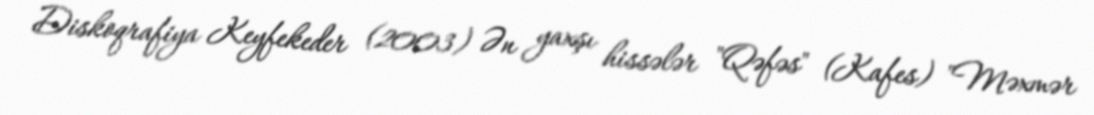
Diskoqrafiya Keyfekeder (2003) Ən yaxşı hissələr "Qəfəs" (Kafes) "Məxmər